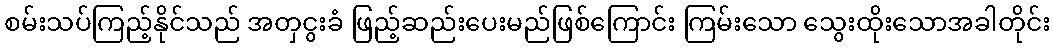
စမ်းသပ်ကြည့်နိုင်သည် အတှငွးခံ ဖြည့်ဆည်းပေးမည်ဖြစ်ကြောင်း ကြမ်းသော သွေးထိုးသောအခါတိုင်း